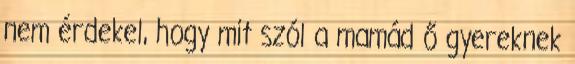
nem érdekel, hogy mit szól a mamád ő gyereknek